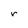
Character: r